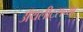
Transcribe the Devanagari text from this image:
ॲथलीट्सच्या